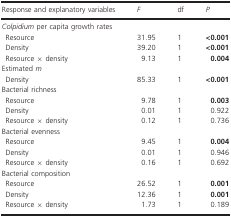
<table><thead><tr><td><b>Response and explanatory variables</b></td><td><b><i>F</i></b></td><td><b>df</b></td><td><b><i>P</i></b></td></tr></thead><tbody><tr><td colspan="4"><i>Colpidium</i> per capita growth rates</td></tr><tr><td>Resource</td><td>31.95</td><td>1</td><td><b>&lt;0.001</b></td></tr><tr><td>Density</td><td>39.20</td><td>1</td><td><b>&lt;0.001</b></td></tr><tr><td>Resource × density</td><td>9.13</td><td>1</td><td><b>0.004</b></td></tr><tr><td colspan="4">Estimated <i>m</i></td></tr><tr><td>Density</td><td>85.33</td><td>1</td><td><b>&lt;0.001</b></td></tr><tr><td colspan="4">Bacterial richness</td></tr><tr><td>Resource</td><td>9.78</td><td>1</td><td><b>0.003</b></td></tr><tr><td>Density</td><td>0.01</td><td>1</td><td>0.922</td></tr><tr><td>Resource × density</td><td>0.12</td><td>1</td><td>0.736</td></tr><tr><td colspan="4">Bacterial evenness</td></tr><tr><td>Resource</td><td>9.45</td><td>1</td><td><b>0.004</b></td></tr><tr><td>Density</td><td>0.01</td><td>1</td><td>0.946</td></tr><tr><td>Resource × density</td><td>0.16</td><td>1</td><td>0.692</td></tr><tr><td colspan="4">Bacterial composition</td></tr><tr><td>Resource</td><td>26.52</td><td>1</td><td><b>0.001</b></td></tr><tr><td>Density</td><td>12.36</td><td>1</td><td><b>0.001</b></td></tr><tr><td>Resource × density</td><td>1.73</td><td>1</td><td>0.189</td></tr></tbody></table>